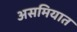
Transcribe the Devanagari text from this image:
असमियात